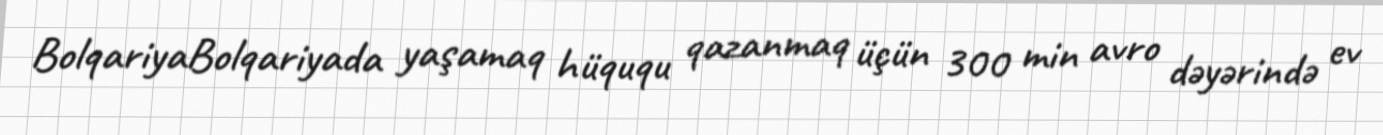
BolqariyaBolqariyada yaşamaq hüququ qazanmaq üçün 300 min avro dəyərində ev